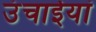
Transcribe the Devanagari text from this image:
उंचाईयां